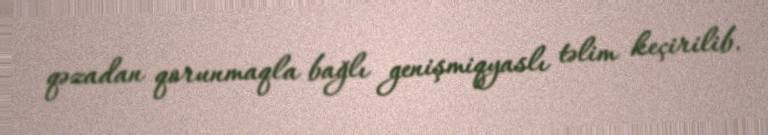
qəzadan qorunmaqla bağlı genişmiqyaslı təlim keçirilib.